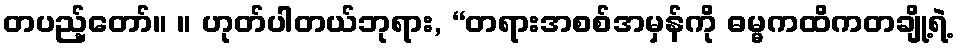
တပည့်တော်။ ။ ဟုတ်ပါတယ်ဘုရား, “တရားအစစ်အမှန်ကို ဓမ္မကထိကတချို့ရဲ့